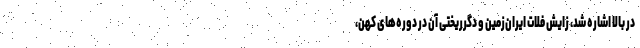
در بالا اشاره شد، زایش فلات ایران‌زمین و دگرریختی آن در دوره‌های کهن،